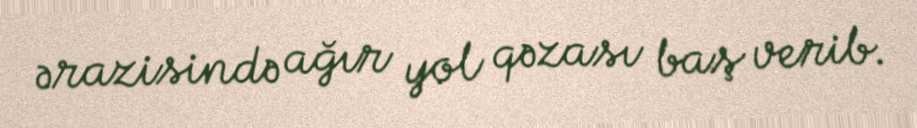
ərazisində ağır yol qəzası baş verib.